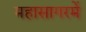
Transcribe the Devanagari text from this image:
महासागरमें